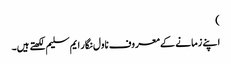
)
اپنے زمانے کے معروف ناول نگار ایم سلیم لکھتے ہیں۔